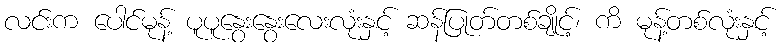
လင်းက ပေါင်မုန့် ပူပူနွေးနွေးလေးလုံးနှင့် ဆန်ပြုတ်တစ်ချိုင့်၊ ကိ မုန့်တစ်လုံးနှင့်